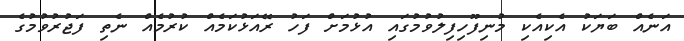
އަނެއް ބަޔަކު އެކިއެކި މުނިފޫހިފިލުވުމުގައި އުޅުމަށް ފަހު ރޭއަޅުކަމެއް ކުރުމެއް ނެތި ފަޖުރުވުމުގެ